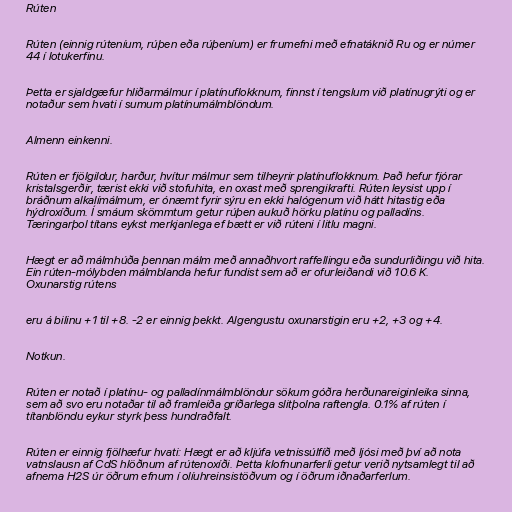
Rúten

Rúten (einnig rúteníum, rúþen eða rúþeníum) er frumefni með efnatáknið Ru og er númer
44 í lotukerfinu.

Þetta er sjaldgæfur hliðarmálmur í platínuflokknum, finnst í tengslum við platínugrýti og er
notaður sem hvati í sumum platínumálmblöndum.

Almenn einkenni.

Rúten er fjölgildur, harður, hvítur málmur sem tilheyrir platínuflokknum. Það hefur fjórar
kristalsgerðir, tærist ekki við stofuhita, en oxast með sprengikrafti. Rúten leysist upp í
bráðnum alkalímálmum, er ónæmt fyrir sýru en ekki halógenum við hátt hitastig eða
hýdroxíðum. Í smáum skömmtum getur rúþen aukuð hörku platínu og palladíns.
Tæringarþol títans eykst merkjanlega ef bætt er við rúteni í litlu magni.

Hægt er að málmhúða þennan málm með annaðhvort raffellingu eða sundurliðingu við hita.
Ein rúten-mólybden málmblanda hefur fundist sem að er ofurleiðandi við 10.6 K.
Oxunarstig rútens

eru á bilinu +1 til +8. -2 er einnig þekkt. Algengustu oxunarstigin eru +2, +3 og +4.

Notkun.

Rúten er notað í platínu- og palladínmálmblöndur sökum góðra herðunareiginleika sinna,
sem að svo eru notaðar til að framleiða gríðarlega slitþolna raftengla. 0.1% af rúten í
títanblöndu eykur styrk þess hundraðfalt.

Rúten er einnig fjölhæfur hvati: Hægt er að kljúfa vetnissúlfíð með ljósi með því að nota
vatnslausn af CdS hlöðnum af rútenoxíði. Þetta klofnunarferli getur verið nytsamlegt til að
afnema H2S úr öðrum efnum í olíuhreinsistöðvum og í öðrum iðnaðarferlum.